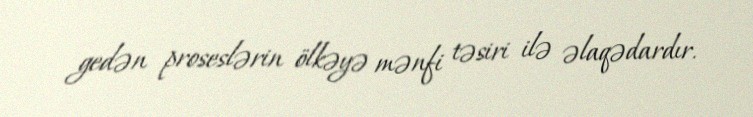
gedən proseslərin ölkəyə mənfi təsiri ilə əlaqədardır.